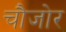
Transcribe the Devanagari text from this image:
चौजोर